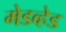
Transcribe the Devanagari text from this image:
मेडव्हेड